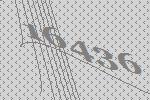
16436